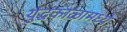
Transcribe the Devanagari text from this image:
युद्धकाळामध्ये